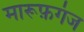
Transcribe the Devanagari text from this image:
मारूफ़गंज